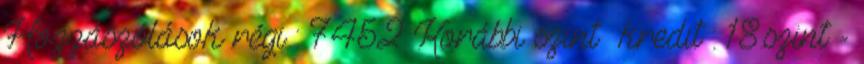
Hozzászólások régi : 7452 Korábbi szint kredit : 18.szint -